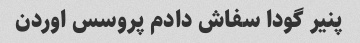
پنیر گودا سفاش دادم پروسس اوردن